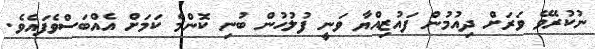
ނުކުރެވޭ ވަރަށް ދިއުމުން ފައުޒިއްޔާ ވަނީ ފުލުހުން ބުނި ކޮންމެ ކަމަށް އެެއްބަސްވެފައެވެ.